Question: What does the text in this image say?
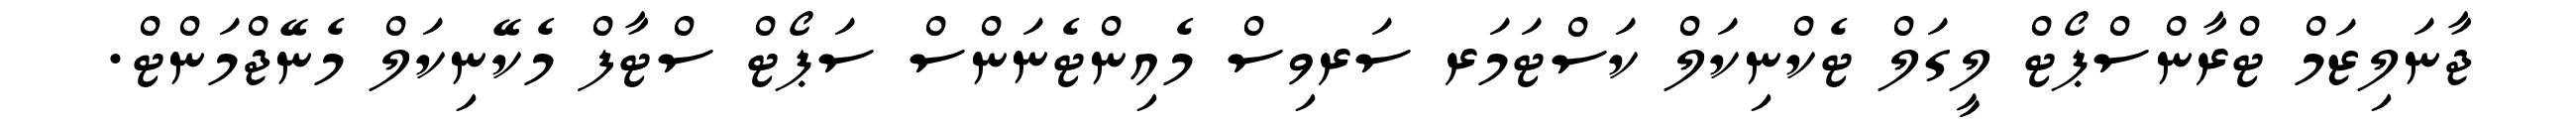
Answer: ޖާނަލިޒަމް ޓްރާންސްޕޯޓް ލީގަލް ޓެކްނިކަލް ކަސްޓަމަރ ސަރވިސް މެއިންޓެނަންސް ސަޕޯޓް ސްޓާފް މެކޭނިކަލް މެނޭޖްމަންޓް.